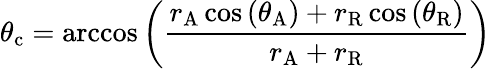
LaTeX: \theta_{\mathrm{c}}=\operatorname{arccos}\left({\frac{r_{\mathrm{A}}\cos\left(\theta_{\mathrm{A}}\right)+r_{\mathrm{R}}\cos\left(\theta_{\mathrm{R}}\right)}{r_{\mathrm{A}}+r_{\mathrm{R}}}}\right)